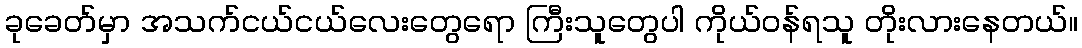
ခုခေတ်မှာ အသက်ငယ်ငယ်လေးတွေရော ကြီးသူတွေပါ ကိုယ်ဝန်ရသူ တိုးလားနေတယ်။